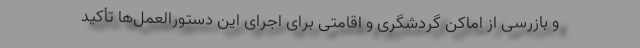
و بازرسی از اماکن گردشگری و اقامتی برای اجرای این دستورالعمل‌ها تأکید